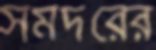
সমদরের